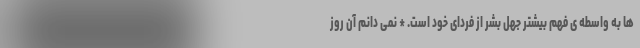
ها به واسطه ی فهم بیشترِ جهل بشر از فردای خود است. * نمی دانم آن روز